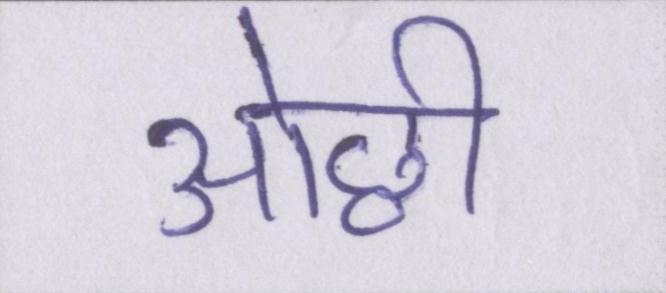
ओछी